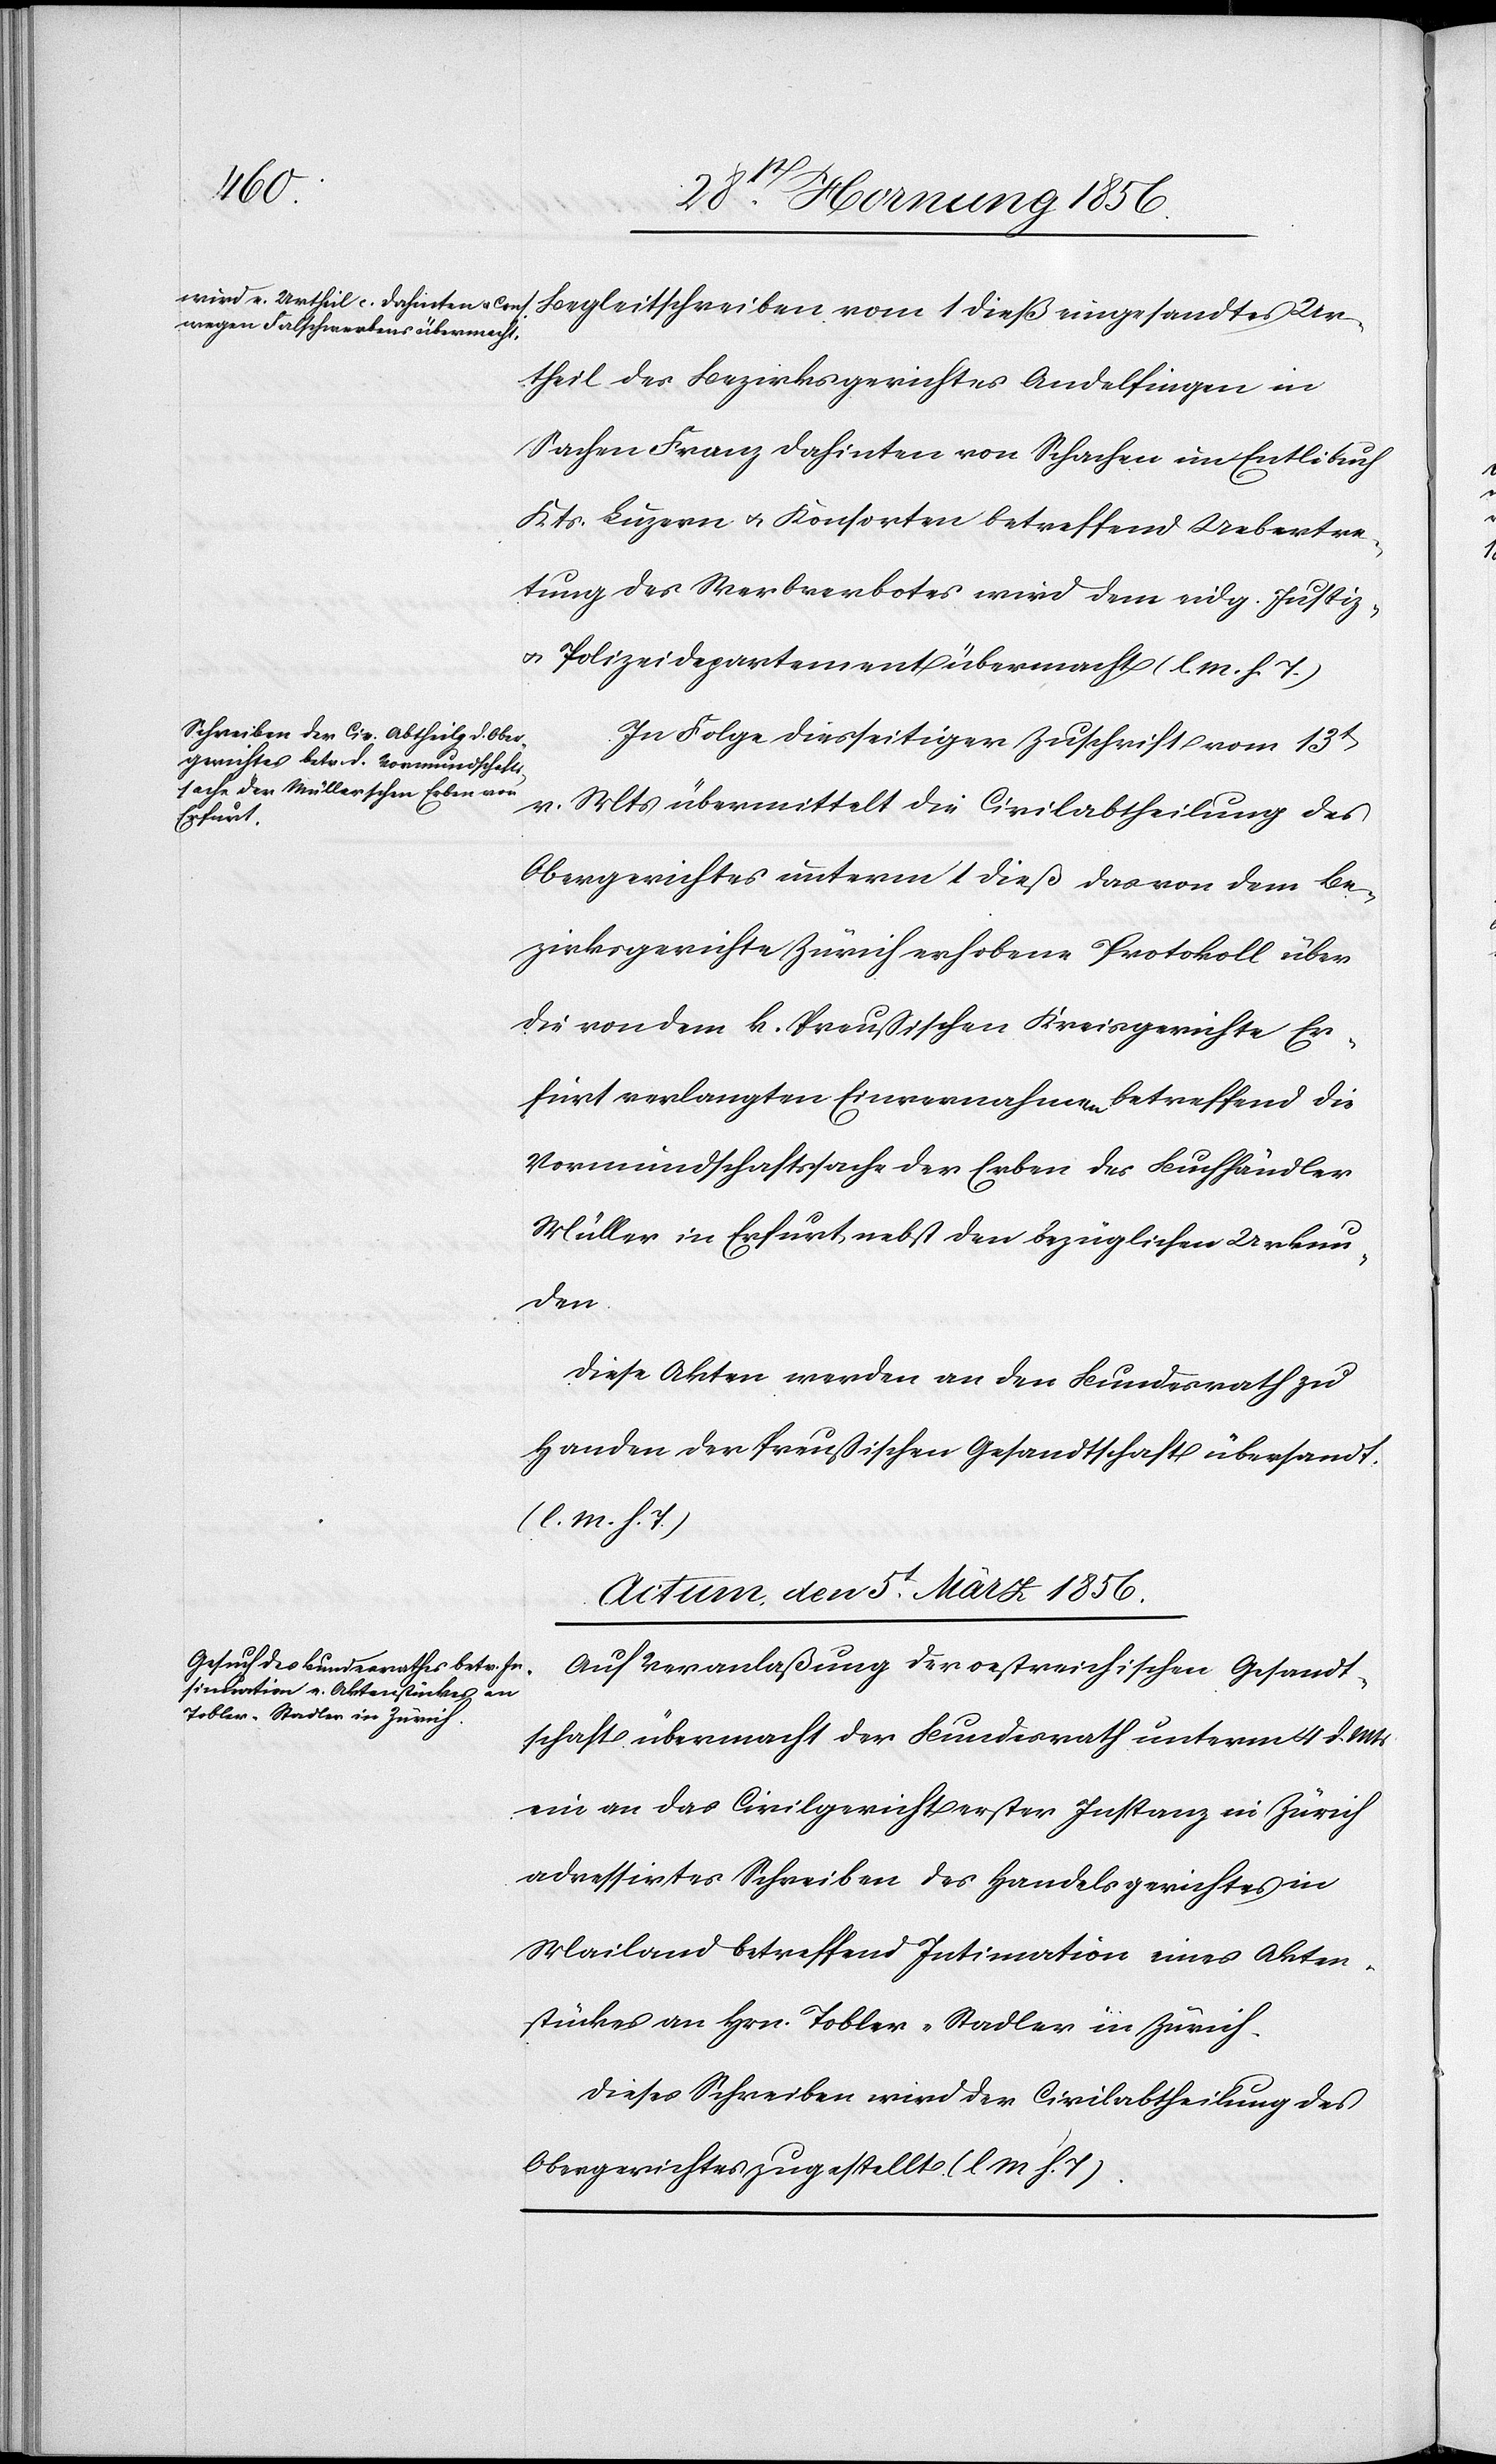
dieß
Urtheil des Bezirksgerichtes Andelfingen in
Sachen Franz Dahinten von Schachen im Entlibuch
Kts. Luzern u. Konsorten betreffend Uebertre¬
tung des Werbverbotes wird dem eidg. Justiz-
u. Polizeidepartement übermacht. (l. M. h. T.)
In Folge diesseitiger Zuschrift vom 13t
v. Mts übermittelt die Civilabtheilung des
Obergerichtes unterm 1 dieß das von dem Be¬
zirksgerichte Zürich erhobene Protokoll über
die von dem k. Preußischen Kreisgerichte Er¬
furt verlangten Einvernahmen betreffend die
Vormundschaftssache der Erben des Buchhändler
Müller in Erfurt, nebst den bezüglichen Urkun¬
den.
Diese Akten werden an den Bundesrath zu
Handen der Preußischen Gesandtschaft übersandt.
(l. M. h. T.)
Actum, den 5t März 1856.
Auf Veranlaßung der oestreichischen Gesandt¬
schaft übermacht der Bundesrath unterm 4 d. Mts
ein an das Civilgericht erster Instanz in Zürich
adressirtes Schreiben des Handelsgerichtes in
Mailand betreffend Intimation eines Akten¬
stückes an Hrn. Tobler-Stadler in Zürich.
Dieses Schreiben wird der Civilabtheilung des
Obergerichtes zugestellt. (l. M. h. T).